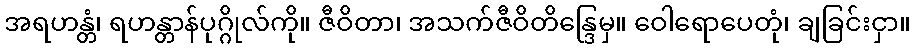
အရဟန္တံ၊ ရဟန္တာန်ပုဂ္ဂိုလ်ကို။ ဇီဝိတာ၊ အသက်ဇီဝိတိန္ဒြေမှ။ ဝေါရောပေတုံ၊ ချခြင်းငှာ။